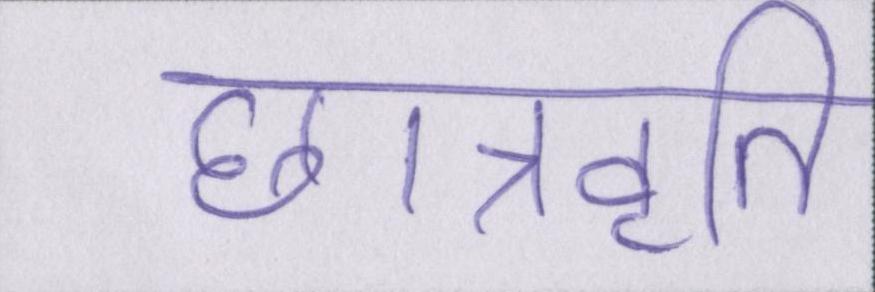
छात्रवृति